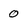
Character: 0